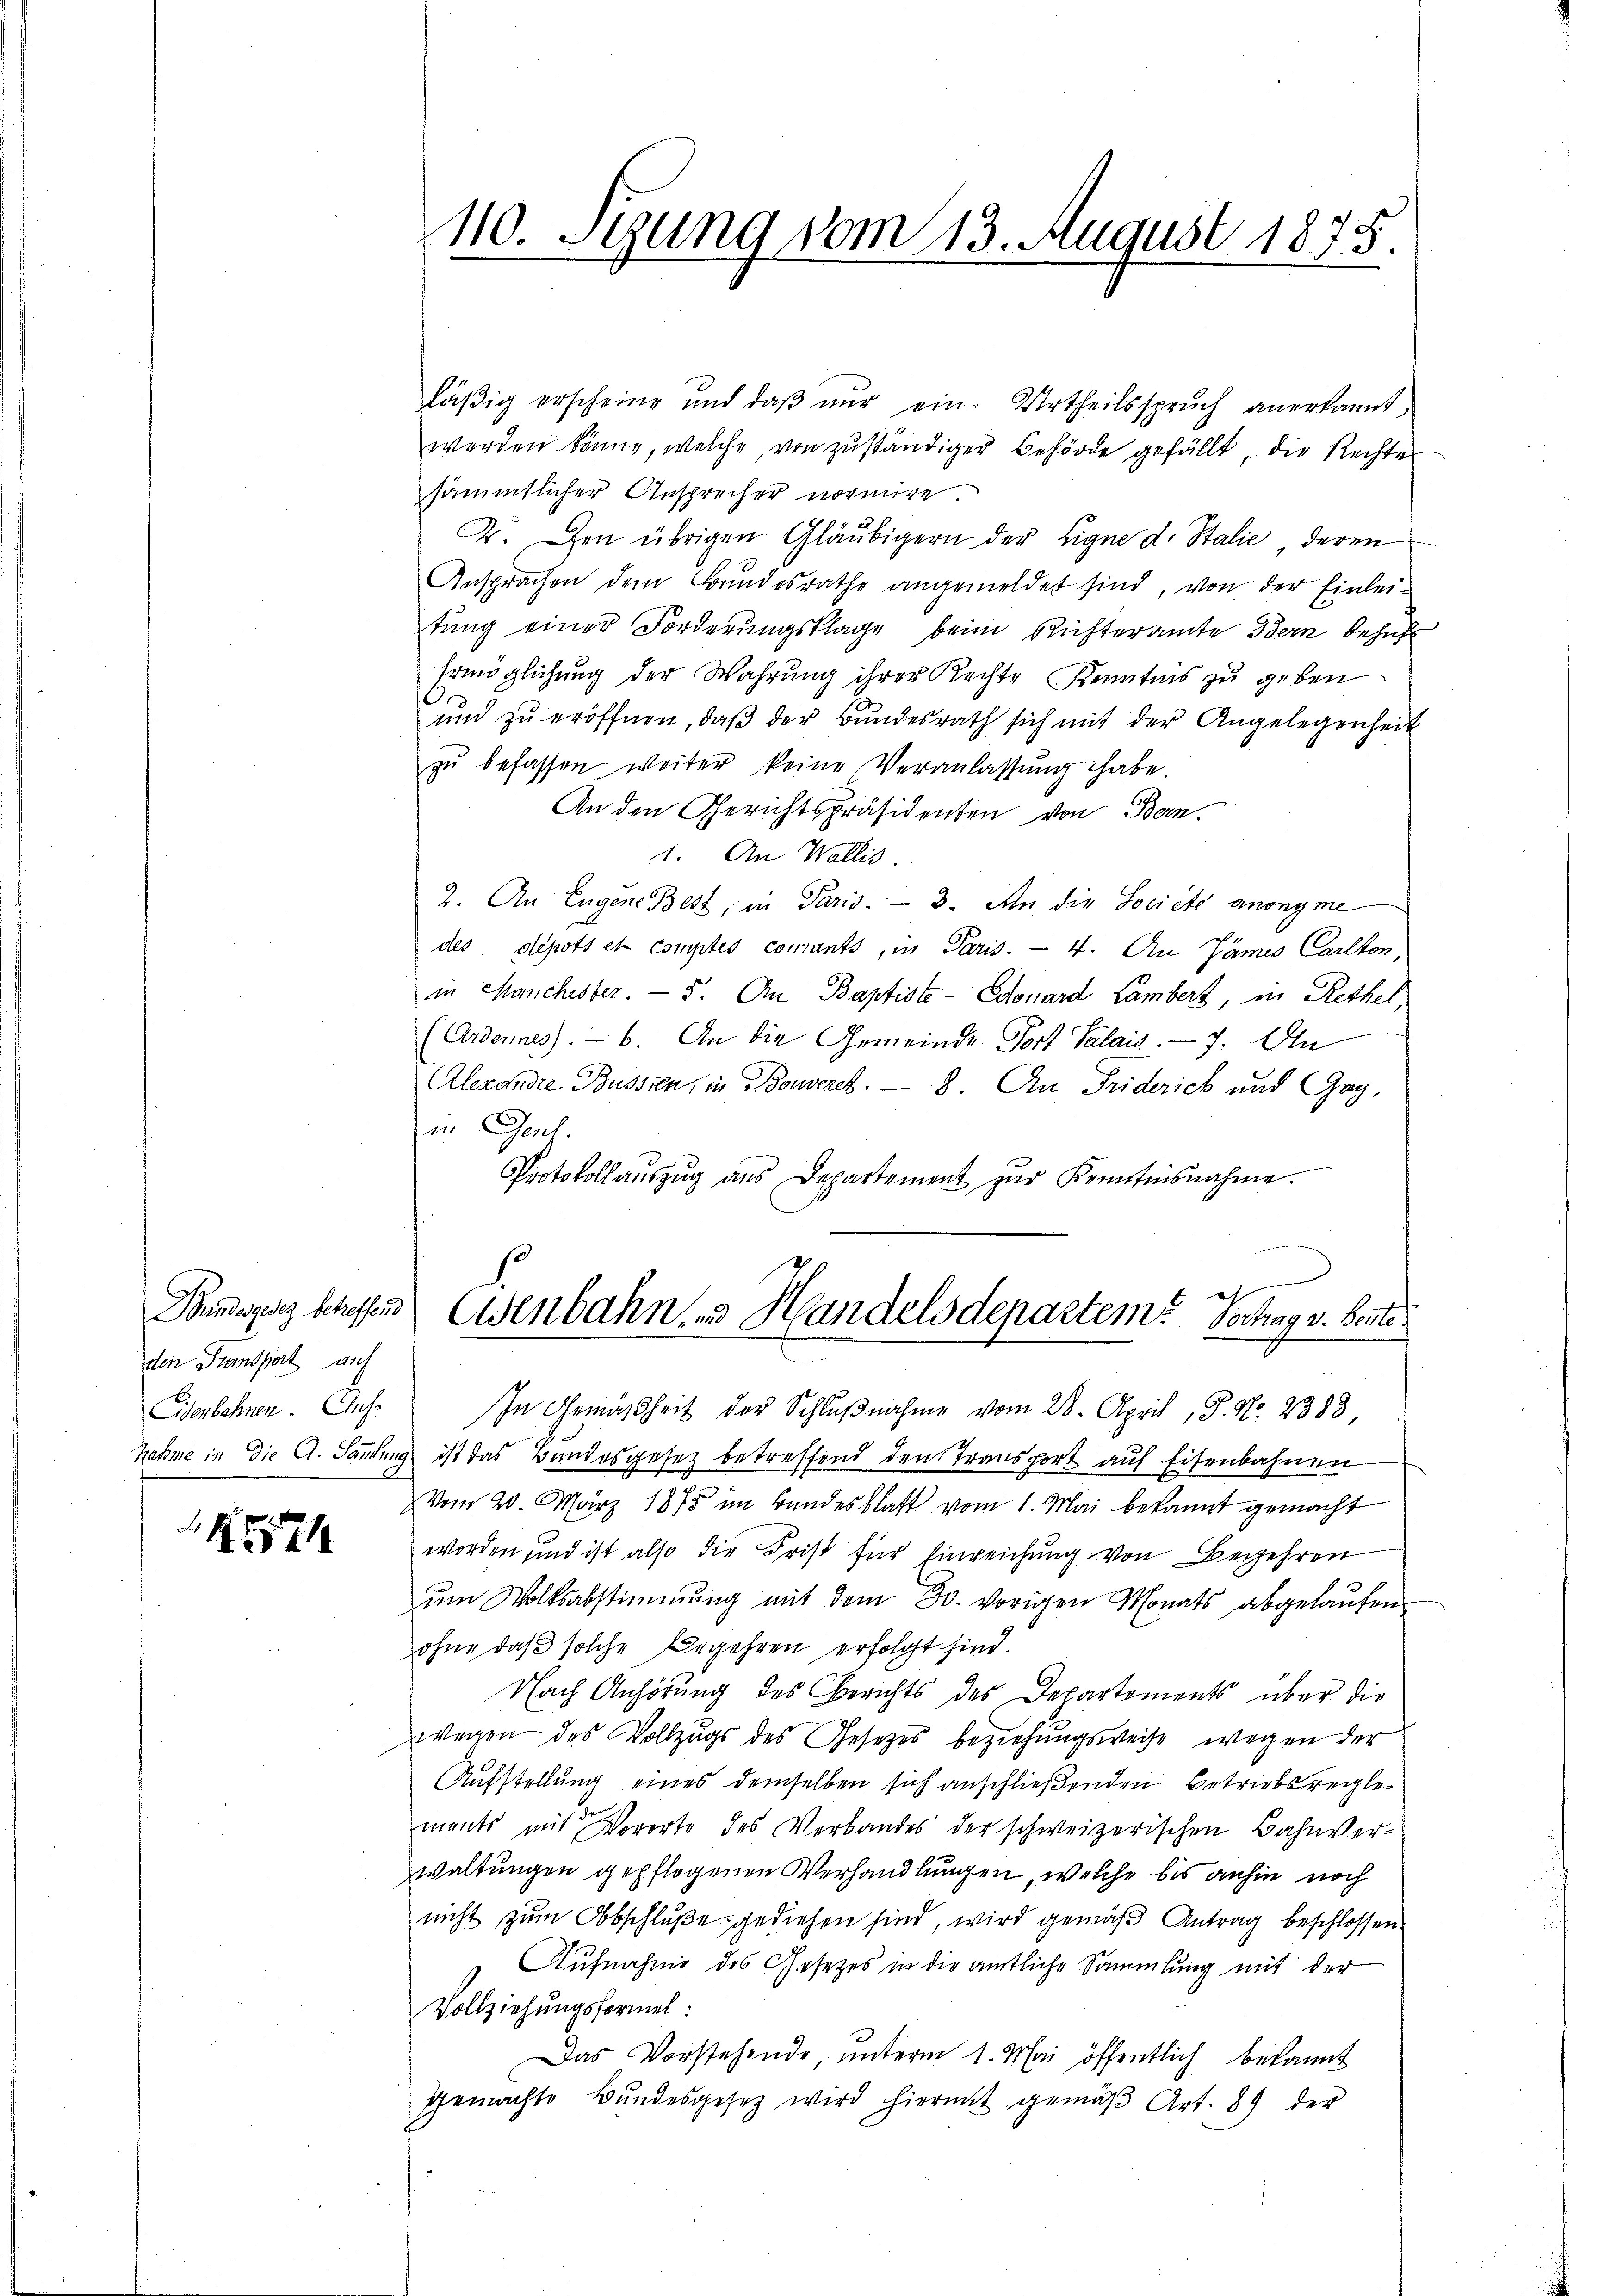
den Pumspart auf
Eisenbahnen. Aus¬

1

läßig erscheine und daβ nŭr ein Urtheilsspruch anerkannt
werden könne, welche, von zŭständiger Behörde gefällt, die Rechter
sämmtlicher Ansprecher normire.
2. Den übrigen Gläubigern der Eigne d. Stalie, deren
Ansprachen dem Bundesrathe angemeldet sind, von der Einleitŭng einer Forderungsklage beim Richteramte Bern behuf
Ermöglichung der Wahrung ihrer Rechte Kenntnis zu geben
und zŭ eröffnen, daβ der Bŭndesrath sich mit der Angelegenheit
zŭ befassen weiter keine Veranlassŭng habe.
An den Gerichtspräsidenten von Bern.
1. An Wallis.
2. An Eugene Best, in Paris. — 3. An die Société anonyme
des depots et comptes comants, in Paris. - 4. An Zämes Carlton,
in Manchester. - 5. An Baptiste- Edouard Lambert, in Rethel,
(Ardonnes). - 6. An die Gemeinde Fort Salais. — 7. An
Alexandre Bussien, in Borwerck. — 8. An Friderich und Gag,
in Genf.
Protokoll aŭszŭg ans Departement zŭr Kenntnisnahme.
1
ch
Buszug betreffend Eisenbahn, 3 Handelsdepartem Verhag v. Beute
In Gemäßheit der Schlŭβnahme vom 28. April, P. Nr. 2389
Zahme in die A. Sandung ist das Bandesgesez betreffend den Transport auf Eisenbahnen
Vom 20. März 1875 im Bundesblatt vom 1. Mai bekannt gemacht
worden und ist also die Frist für Einreichung von Begehren
ŭm Wolksabstimmung mit dem 30. vorigen Monats abgelaufen
ohne daβ solche Begehren erfolgt sind.
Nach Anhörung des Berichts des Departements über die
wegen des Vollzugs des Gesetzes beziehungsweise wegen der
Aufstellung eines demselben sich anschließenden Betriebsreglements mit Vororte des Verbandes der schweizerischen Bahnverwaltungen gepflogenen Verhandlungen, welche bis anhin noch
nicht zum Abschluße gediehen sind, wird gemäß Antrag beschlossen
Aufnahme des Gesetzes in die amtliche Sammlung mit der
Vollziehungsformel:
Das Vorstehende ŭnterm 1. Mai öffentlich bekannt
Gemachte Bŭndesgesetz wird hierint gemäβ Art. 89 der

110. Stung vom 13. August 1875.